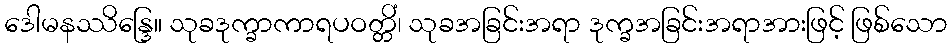
ဒေါမနဿိန္ဒြေ။ သုခဒုက္ခာကာရပဝတ္တိံ၊ သုခအခြင်းအရာ ဒုက္ခအခြင်းအရာအားဖြင့် ဖြစ်သော